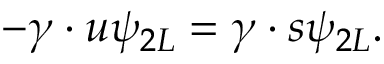
- \gamma \cdot u \psi _ { 2 L } = \gamma \cdot s \psi _ { 2 L } .